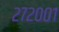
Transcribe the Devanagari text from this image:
२७२००१